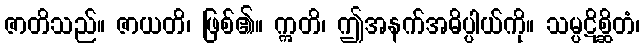
ဇာတိသည်။ ဇာယတိ၊ ဖြစ်၏။ ဣတိ၊ ဤအနက်အဓိပ္ပါယ်ကို။ သမ္ပဋိစ္ဆိတံ၊